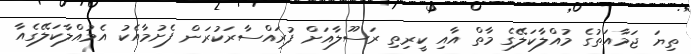
ތިޔަ ޖަމާއަތުގެ މުއްލާކަލޭގެ މާތް އާއި ކީރިތި ރަސޫލާއަށް ފުރައްސާރަކުރަން ފެށުމާއެކު އެމުއްލާކަލޭގެއާ